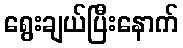
ရွေးချယ်ပြီးနောက်